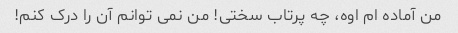
من آماده ام اوه، چه پرتاب سختی! من نمی توانم آن را درک کنم!